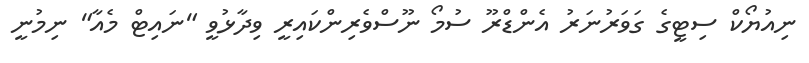
ނިއުޔޯކް ސިޓީގެ ގަވަރުނަރު އެންޑްރޫ ސުމޯ ނޫސްވެރިންކައިރީ ވިދާޅުވީ "ނައިޓް މެއާ" ނިމުނީ